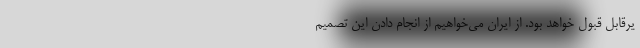
یرقابل قبول خواهد بود. از ایران می‌خواهیم از انجام دادن این تصمیم